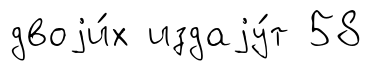
двоjи́х издаjу́т 58